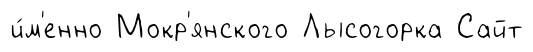
и́м'енно Мокр'янского Лысогорка Сайт